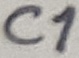
Text: C1